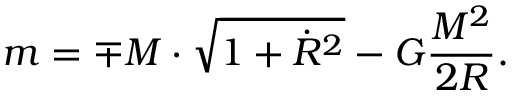
m = \mp M \cdot \sqrt { 1 + \dot { R } ^ { 2 } } - G \frac { M ^ { 2 } } { 2 R } .